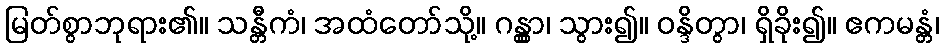
မြတ်စွာဘုရား၏။ သန္တီကံ၊ အထံတော်သို့။ ဂန္တွာ၊ သွား၍။ ဝန္ဒိတွာ၊ ရှိခိုး၍။ ဧကမန္တံ၊